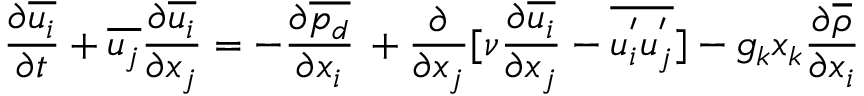
\frac { \partial \overline { { u _ { i } } } } { \partial t } + \overline { { u _ { j } } } \frac { \partial \overline { { u _ { i } } } } { \partial x _ { j } } = - \frac { \partial \overline { { p _ { d } } } } { \partial x _ { i } } \, + \frac { \partial } { \partial x _ { j } } \lbrack \nu \frac { \partial \overline { { u _ { i } } } } { \partial x _ { j } } - \overline { { u _ { i } ^ { ' } u _ { j } ^ { ' } } } { ] } - g _ { k } x _ { k } \frac { \partial \overline { { \rho } } } { \partial x _ { i } }